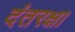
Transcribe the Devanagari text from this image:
दंतरक्षा